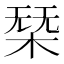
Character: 𣓢